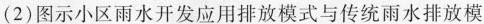
（2）图示小区雨水开发应用排放模式与传统雨水排放模